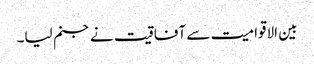
بین الاقوامیت سے آفاقیت نے جنم لیا۔